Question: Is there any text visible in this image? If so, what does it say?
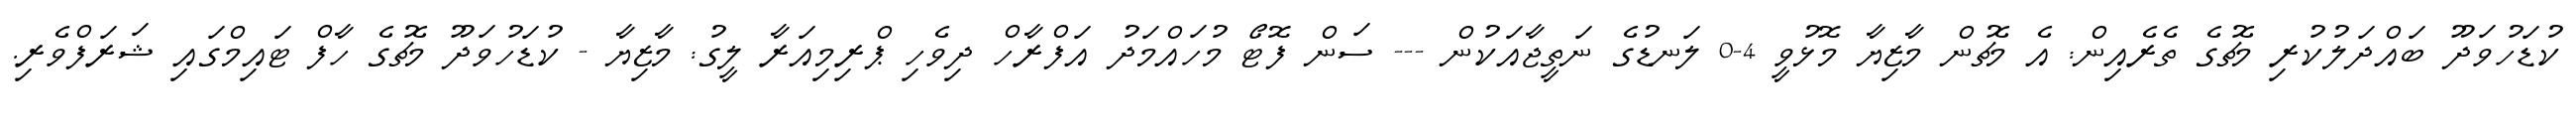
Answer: ކުޑަހުވަދޫ ބައްދަލުކުރި މެޗުގެ ތެރެއިން: އެ މެޗުން މާޒިޔާ މޮޅުވީ 4-0 ލަނޑުގެ ނަތީޖާއަކުން --- ސަން ފޮޓޯ މުހައްމަދު އަފްރާހް ދިވެހި ޕްރިމިއަރާ ލީގު: މާޒިޔާ - ކުޑަހުވަދޫ މެޗުގެ ހާފް ޓައިމްގައި ޝަރަފްވެރި.